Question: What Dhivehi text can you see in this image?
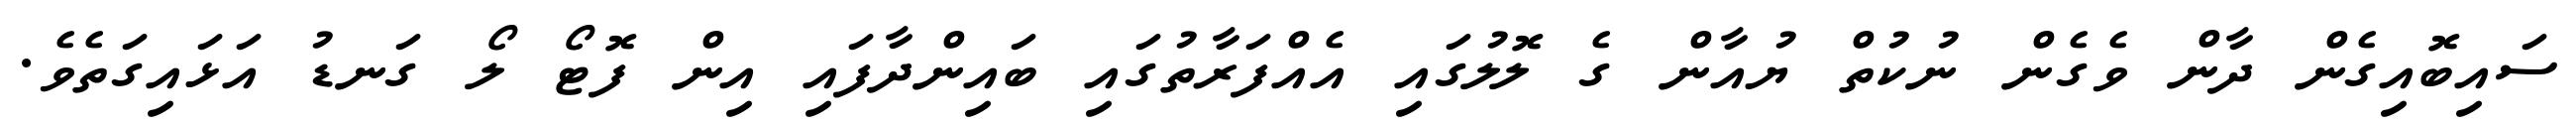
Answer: ސައިބޮއިގެން ދާން ވެގެން ނުކުތް ޔުއާން ގެ ލޮލުގައި އެއްފަރާތުގައި ބައިންދާފައި އިން ފޮޓޯ ލޯ ގަނޑު އަޅައިގަތެވެ.